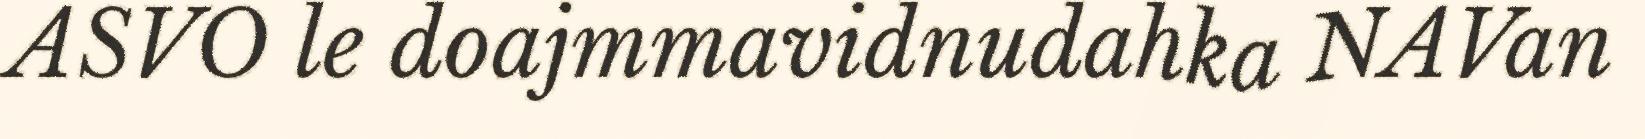
ASVO le doajmmavidnudahka NAVan